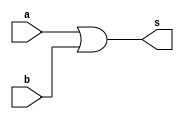
// -------------------------
// Exemplo0015 - or 4 entradas
// Nome: TIAGO MATTA MACHADO ZAIDAN
// -------------------------
// -------------------------
// -- or gate
// -------------------------
module orgate1 ( output s,
input a, b);
assign s = a | b;
endmodule // or
module orgate2 ( output t,
input c, d);
assign t = c | d;
endmodule // or2
module orgate3 ( output e,
input s, t);
assign e = s | t;
endmodule // or3
// ---------------------
// -- test or gate
// ---------------------
module testorgate;
// ------------------------- dados locais
reg a, b, c, d; // definir registradores
wire s,t,e; // definir conexao (fio)
// ------------------------- instancia
orgate1 OR1 (s, a, b);
orgate2 OR2 (t, c, d);
orgate3 OR3 (e, s, t);
// ------------------------- preparacao
initial begin:start
// atribuicao simultanea
// dos valores iniciais
a=0; b=0; c=0; d=0;
end
// ------------------------- parte principal
initial begin
#0 a=0; b=0; c=0; d=0;
$display("Exemplo0014 - TIAGO MATTA MACHADO ZAIDAN - 451620");
$display("Test AND");
$display("\n a | b = s,     c | d = t,         s | t = e \n ");
#0 a=0; b=0; c=0; d=0;
//execuo permanente
$monitor(" %b | %b = %b,    %b | %b = %b,      %b | %b = %b ", a, b, s, c, d, t, s, t, e);
#1 a=0; b=0; c=0; d=1;
#2 a=0; b=0; c=1; d=0;
#3 a=0; b=0; c=1; d=1;
#4 a=0; b=1; c=0; d=0;
#5 a=0; b=1; c=0; d=1;
#6 a=0; b=1; c=1; d=0;
#7 a=0; b=1; c=1; d=1;
#8 a=1; b=0; c=0; d=0;
#9 a=1; b=0; c=0; d=1;
#10 a=1; b=0; c=1; d=0;
#11 a=1; b=0; c=1; d=1;
#12 a=1; b=1; c=0; d=0;
#13 a=1; b=1; c=0; d=1;
#14 a=1; b=1; c=1; d=0;
#15 a=1; b=1; c=1; d=1;
end
endmodule // testandgate